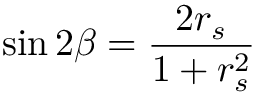
\sin 2 \beta = \frac { 2 r _ { s } } { 1 + r _ { s } ^ { 2 } }